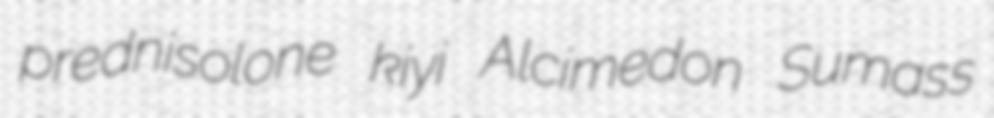
prednisolone kiyi Alcimedon Sumass